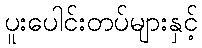
ပူးပေါင်းတပ်များနှင့်